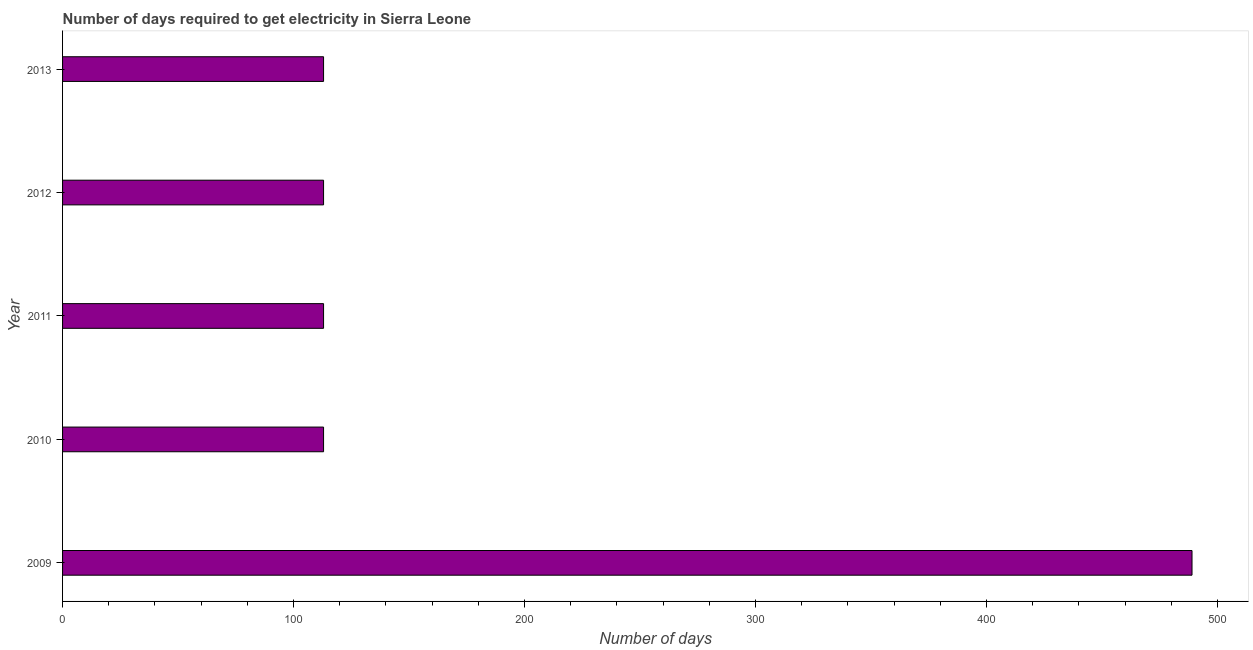
| Year | Time to get electricity |
 | --- | --- |
 | 2009 | 489 |
 | 2010 | 113 |
 | 2011 | 113 |
 | 2012 | 113 |
 | 2013 | 113 |